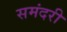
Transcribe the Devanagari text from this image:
समंदरी